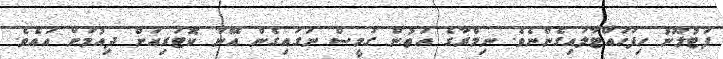
ފަޓުލޫނު ހިފަހައްޓާލައިގެންނެވެ. ނިމްރާގެ އަތުން ގަމީސް ނަގައިގެން އޭނާ ކޮޓަރިއަށް ދިއުމަށް އައެވެ.